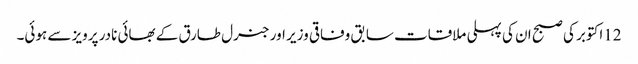
12اکتوبر کی صبح ان کی پہلی ملاقات سابق وفاقی وزیر اور جنرل طارق کے بھائی نادر پرویز سے ہوئی۔